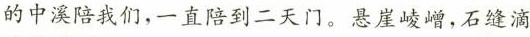
的中溪陪我们，一直陪到二天门。悬崖崚嶍，石缝滴